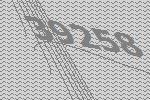
39258